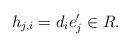
LaTeX: \begin{align*}h_{j,i} = d_i e_j' \in R.\end{align*}